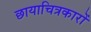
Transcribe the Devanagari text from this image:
छायाचित्रकारों